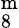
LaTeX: ^\mathrm{{m}}_{8}